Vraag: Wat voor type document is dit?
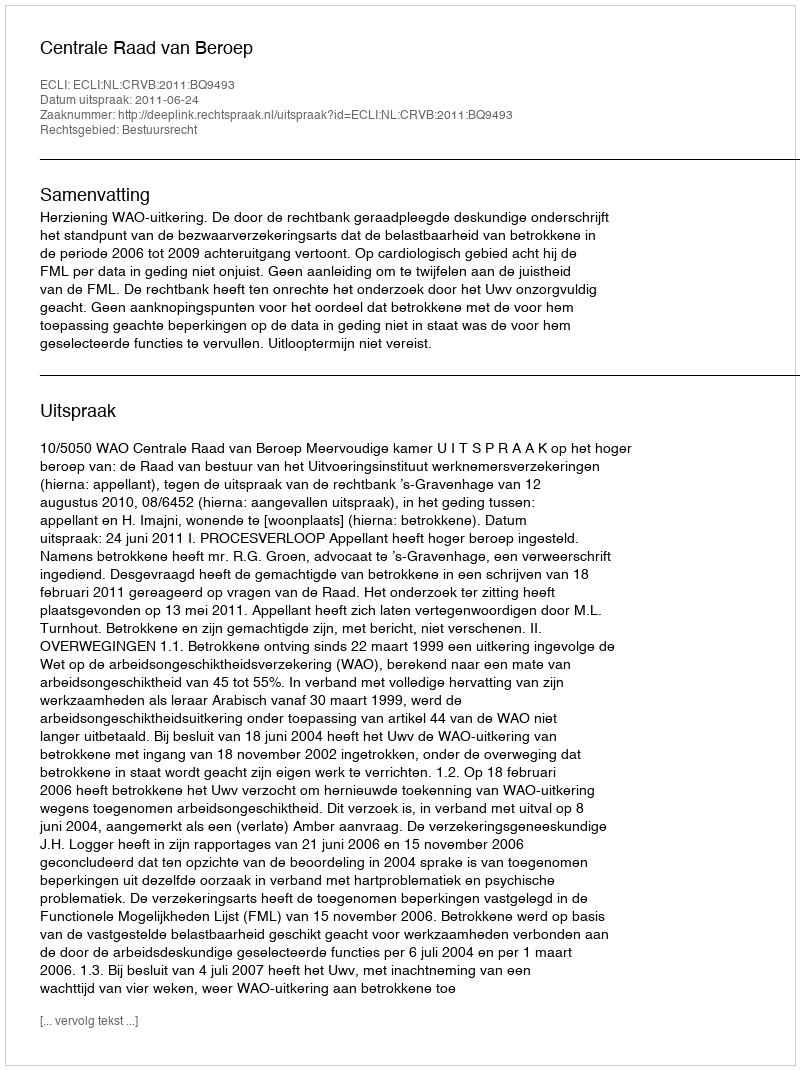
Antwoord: Uitspraak